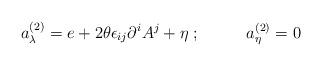
LaTeX: \begin{align*}a_\lambda^{(2)} = e + 2\theta\epsilon_{ij}\partial^i A^j + \eta\;;\;\;\;\;\;\;\;\;\;\;a_\eta^{(2)} = 0\end{align*}